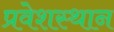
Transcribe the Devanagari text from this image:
प्रवेशस्थान